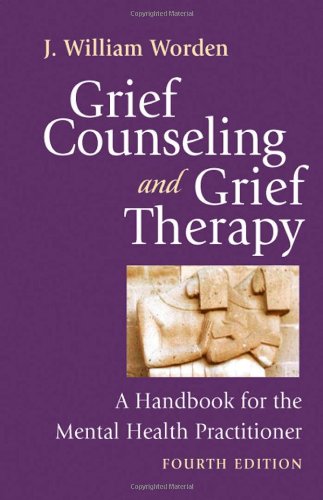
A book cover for Grief Counseling and Grief Therapy, Fourth Edition: A Handbook for the Mental Health Practitioner; J. William Worden PhD  ABPP; Self-Help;